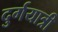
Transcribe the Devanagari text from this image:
दुर्गयात्री